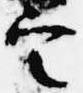
定